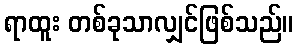
ရာထူး တစ်ခုသာလျှင်ဖြစ်သည်။